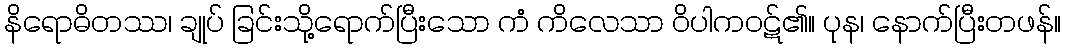
နိရောဓိတဿ၊ ချုပ် ခြင်းသို့ရောက်ပြီးသော ကံ ကိလေသာ ဝိပါကဝဋ်၏။ ပုန၊ နောက်ပြီးတဖန်။